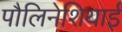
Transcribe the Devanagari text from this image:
पौलिनेशियाई